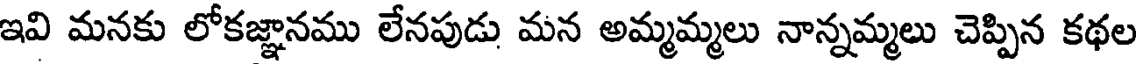
ఇవి మనకు లోకజ్ఞానము లేనపుడు మన అమ్మమ్మలు నాన్నమ్మలు చెప్పిన కథల